Lunatic asylums Central Provinces reports 1895-1909 - 1895-1909
Year: 1895
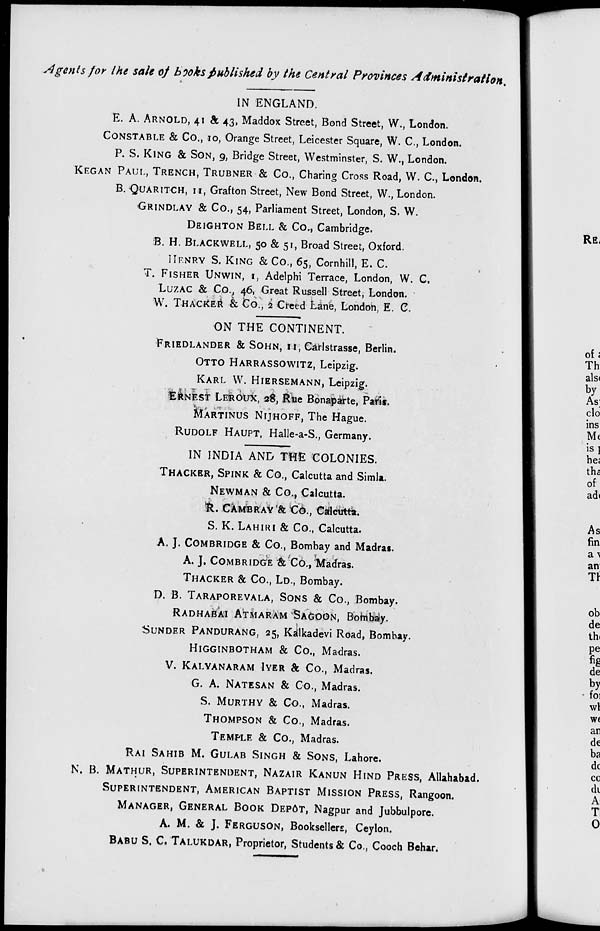
Agents for the sale of books published by the Central Provinces
Administration.
IN ENGLAND.
E. A. ARNOLD, 41 & 43, Maddox Street, Bond Street, W., London.
CONSTABLE & Co., 10, Orange Street, Leicester Square, W. C., London.
P. S. KING & SON, 9, Bridge Street, Westminster, S. W., London.
KEGAN PAUL, TRENCH, TRUBNER & Co., Charing Cross Road, W. C, London.
B. QUARITCH, 11, Grafton Street, New Bond Street, W., London.
GRINDLAY & Co., 54, Parliament Street, London, S. W.
DEIGHTON BELL & Co., Cambridge.
B. H. BLACKWELL, 50 & 51, Broad Street, Oxford.
HENRY S. KING & Co., 65, Cornhill, E. C.
T. FISHER UNWIN,1, Adelphi Terrace, London, W. C.
LUZAK & Co., 46, Great Russell Street, London.
W. THACKER & Co., 1 Creed Lane, London, E. C.
ON THE CONTINENT.
FRIEDLANDER & SOHN, 11, Carlstrasse, Berlin.
OTTO HARRASSOWITZ, Leipzig.
KARL
W. HIERSEMANN, Leipzig.
ERNEST LEROUX, 28, Rue Bonaparte, Patis.
MARTINUS
NIJHOFF,
The Hague.
RUDOLF HAUPT, Halle-a-S., Germany.
IN INDIA AND THE COLONIES.
THACKER, SPINK& Co., Calcutta and Simla.
NEWMAN
& Co., Calcutta.
R. CAMBRAY & Co., Calcutta.
S. K. LAHIRI & Co., Calcutta.
A.
J.
COMBRIDGE
& Co., Bombay and Madras.
A.
J.
COMBRIDGE
&
Co., Madras.
THACKER
& Co., LD., Bombay.
D. B. TARAPOREVALA, SONS & Co., Bombay.
RADHABAI
ATMARAM
SAGOON
,
Bombay.
SUNDER
PANDURANG,
25, Kalkadevi Road, Bombay.
HIGGINBOTHAM
&
Co., Madras.
V.
KALYANARAM
IYER
&
CO.,
Madras.
G. A. NATESAN& Co., Madras.
S. MURTHY & Co., Madras.
THOMPSON
&
Co., Madras.
TEMPLE
&
Co., Madras.
RAI SAHIB M. GULAB SINGH & SONS, Lahore.
N. B. MATHUR, SUPERINTENDENT, NAZAIR KANUN HIND PRESS, Allahabad.
SUPERINTENDENT, AMERICAN BAPTIST MISSION PRESS, Rangoon.
MANAGER, GENERAL BOOK DEPÔT, Nagpur and Jubbulpore.
A. M. & J. FERGUSON, Booksellers, Ceylon.
BABU S. C. TALUKDAR, Proprietor, Students & Co., Cooch Behar.